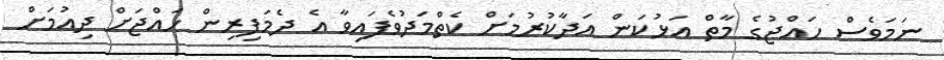
ނަމަވެސް ހައްޖުގެ މާތް އަޅުކަން އަދާކުރުމަށް ކެތްމަދުވެފައިވާ އެ ދެމަފިރިން ހައްޖަށް ދިއުމަށް